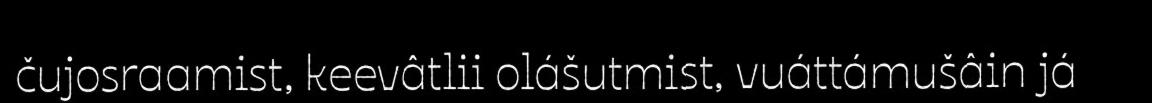
čujosraamist, keevâtlii olášutmist, vuáttámušâin já